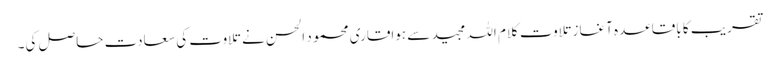
تقریب کا باقاعدہ آغاز تلاوت کلام اللہ مجید سے ہواقاری محمو د الحسن نے تلاوت کی سعادت حاصل کی۔